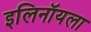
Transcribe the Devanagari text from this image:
इलिनॉयला